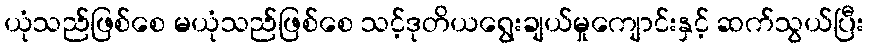
ယုံသည်ဖြစ်စေ မယုံသည်ဖြစ်စေ သင့်ဒုတိယရွေးချယ်မှုကျောင်းနှင့် ဆက်သွယ်ပြီး